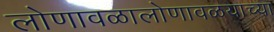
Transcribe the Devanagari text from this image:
लोणावळालोणावळयाच्या